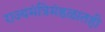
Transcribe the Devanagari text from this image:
राज्यमंत्रिमंडळातही